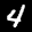
Label: 4